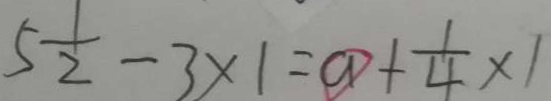
5 \frac { 1 } { 2 } - 3 \times 1 = a + \frac { 1 } { 4 } \times 1